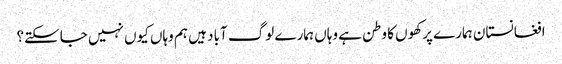
افغانستان ہمارے پرکھوں کا وطن ہے وہاں ہمارے لوگ آباد ہیں ہم وہاں کیوں نہیں جاسکتے؟